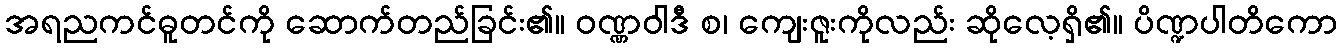
အရညကင်ဓူတင်ကို ဆောက်တည်ခြင်း၏။ ဝဏ္ဏဝါဒီ စ၊ ကျေးဇူးကိုလည်း ဆိုလေ့ရှိ၏။ ပိဏ္ဍပါတိကော